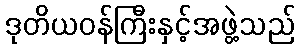
ဒုတိယဝန်ကြီးနှင့်အဖွဲ့သည်